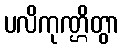
ပလိကုဏ္ဌိတွာ